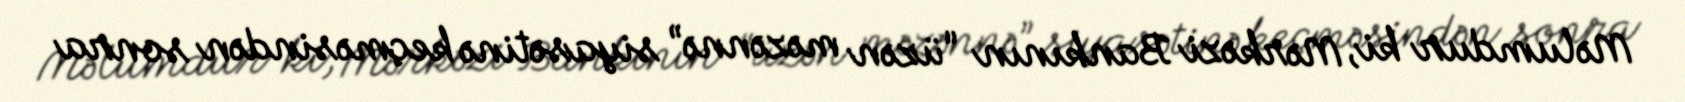
Məlumdur ki, Mərkəzi Bankının “üzən məzənnə” siyasətinə keçməsindən sonra